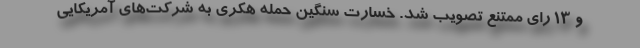
و ۱۳ رای ممتنع تصویب شد. خسارت سنگین حمله هکری به شرکت‌های آمریکایی